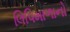
લિપિમાળાનો